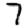
Digit: 7